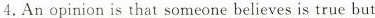
4.An opinion is that someone believes is true but